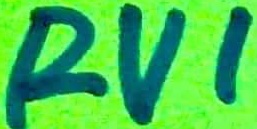
Text: RV1